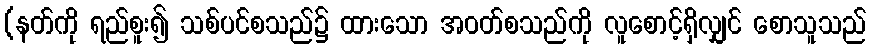
(နတ်ကို ရည်စူး၍ သစ်ပင်စသည်၌ ထားသော အဝတ်စသည်ကို လူစောင့်ရှိလျှင် စောသူသည်